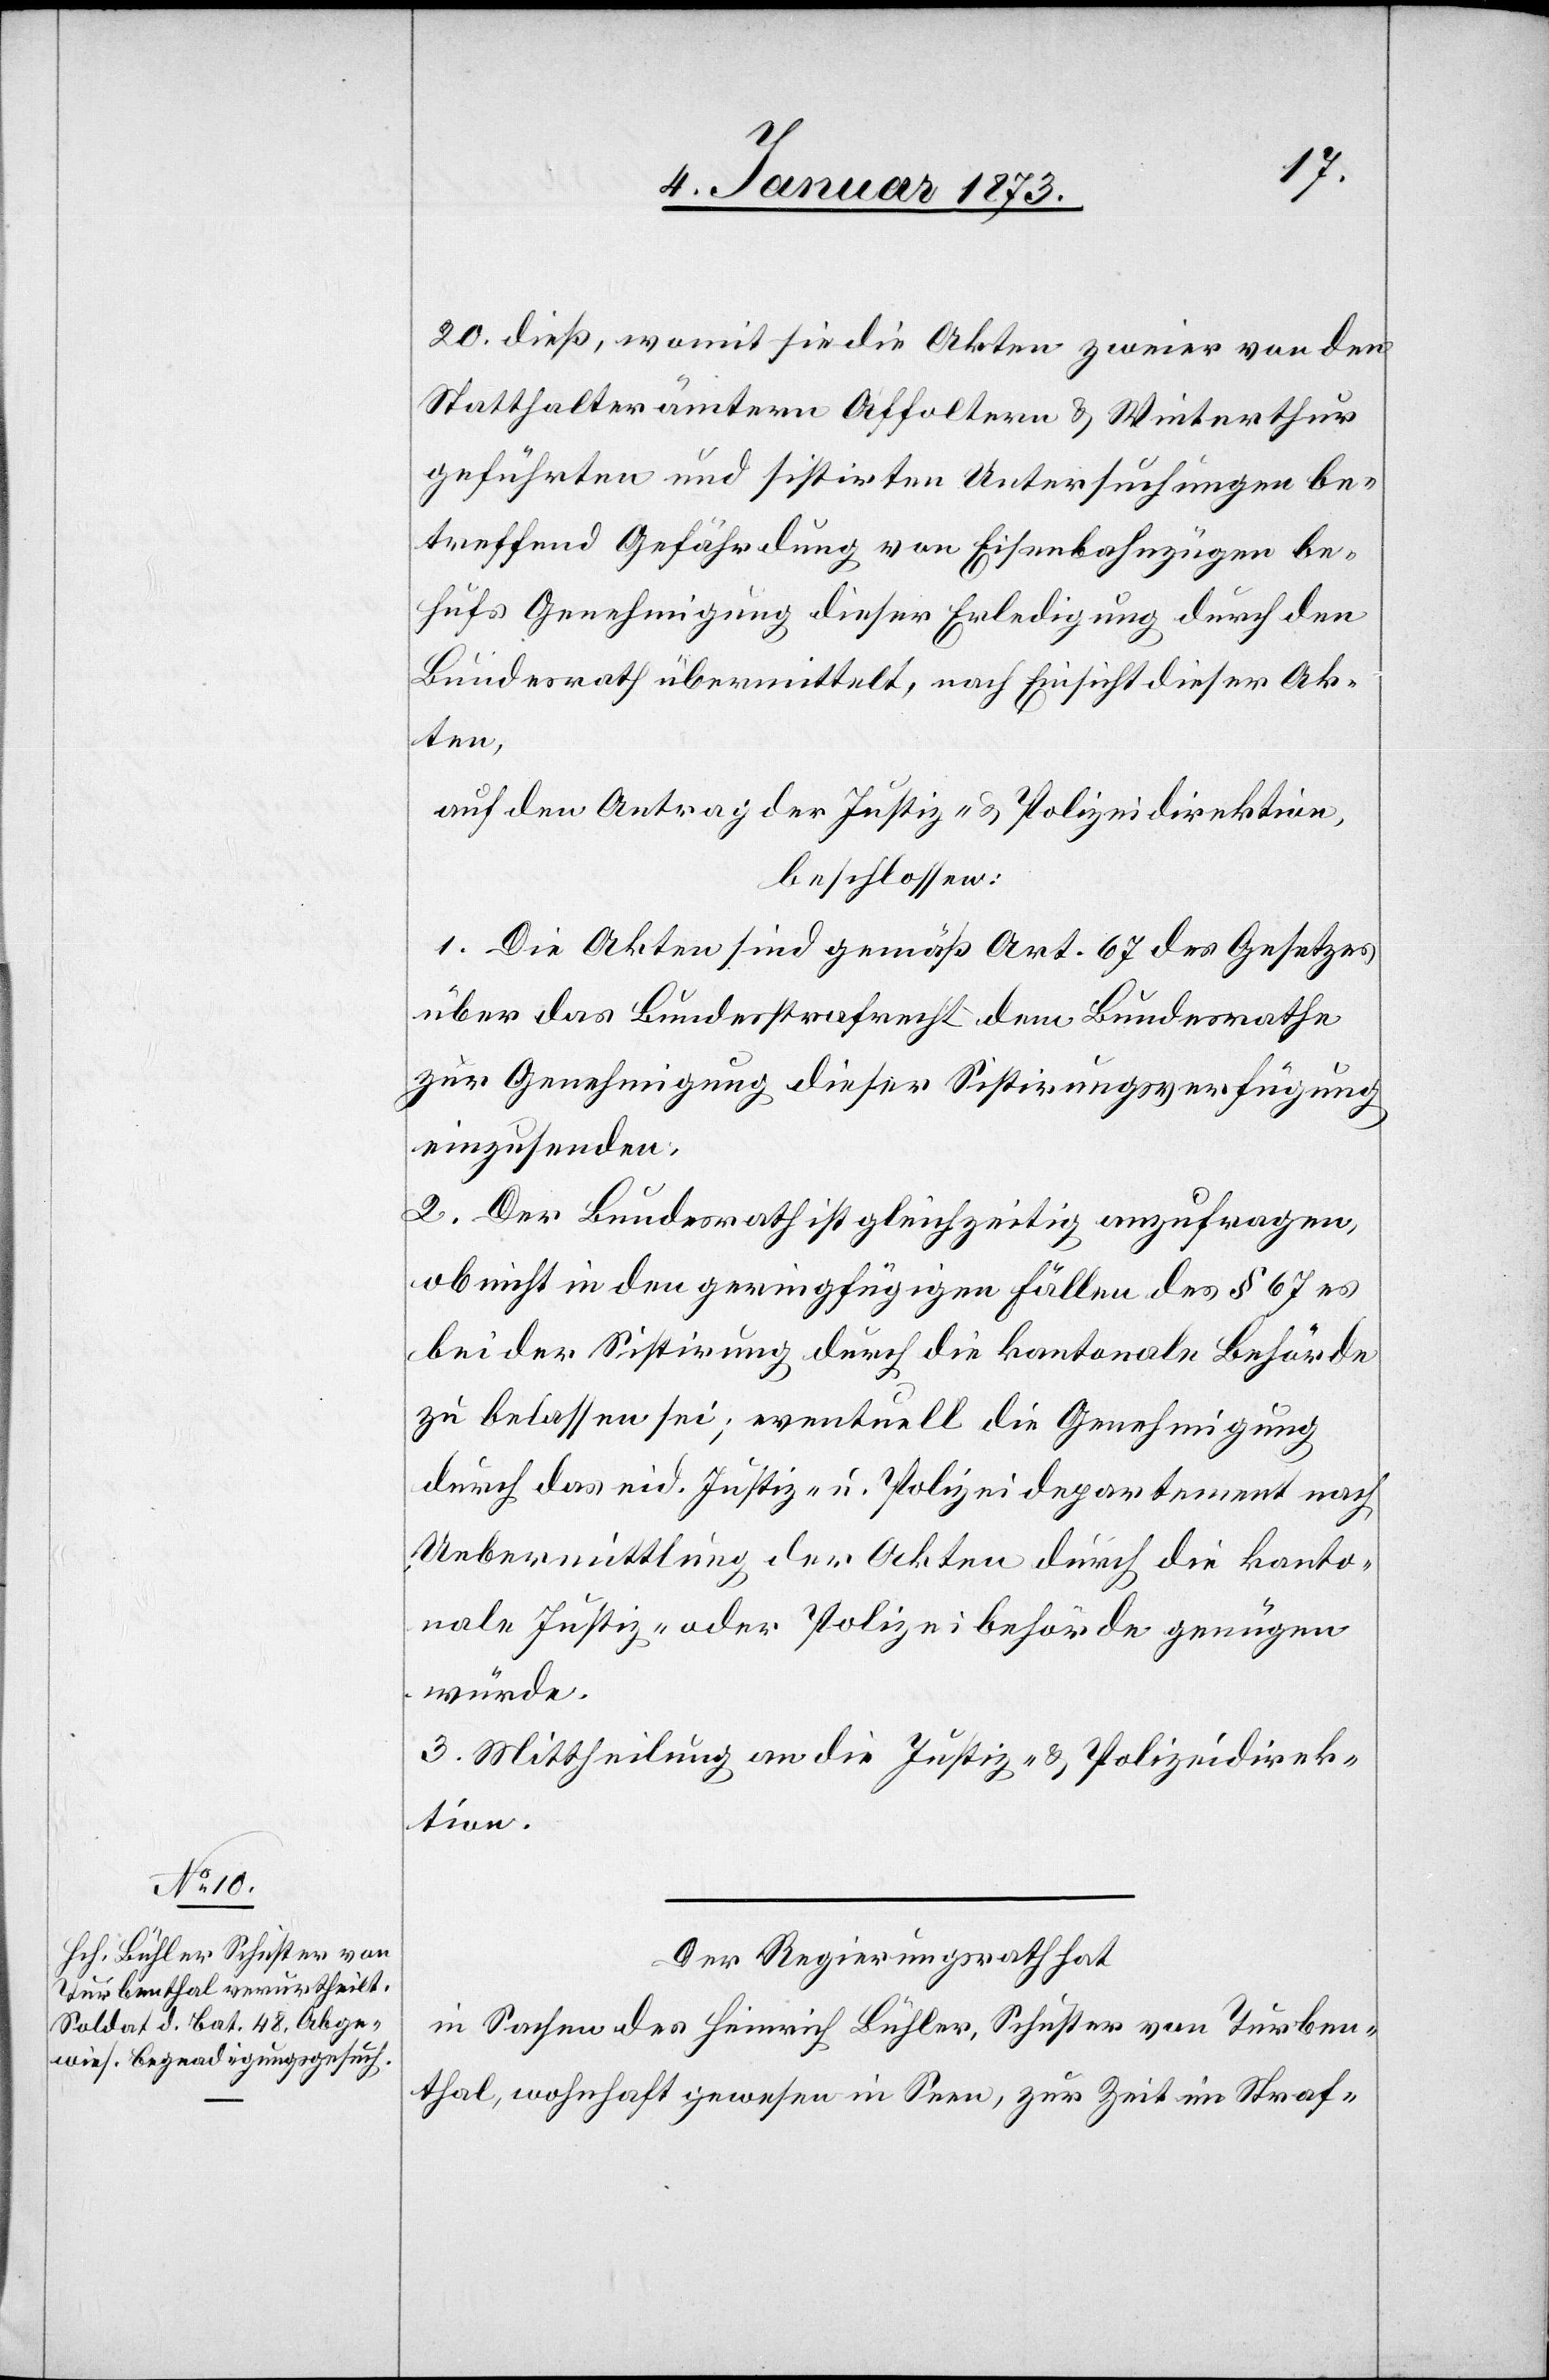
20. dieß, womit sie die Akten zweier von den
Statthalterämtern Affoltern & Winterthur
geführten und sistirten Untersuchungen be¬
treffend Gefährdung von Eisenbahnzügen be¬
hufs Genehmigung dieser Erledigung durch den
Bundesrath übermittelt, nach Einsicht dieser Ak¬
ten,
auf den Antrag der Justiz- & Polizeidirektion,
beschlossen:
1. Die Akten sind gemäß Art. 67 des Gesetzes
über das Bundesstrafrecht dem Bundesrathe
zur Genehmigung dieser Sistirungsverfügung
einzusenden;
2. Der Bundesrath ist gleichzeitig anzufragen,
ob nicht in den geringfügigen Fällen des § 67 es
bei der Sistirung durch die kantonale Behörde
zu belassen sei; eventuell die Genehmigung
durch das eid. Justiz- & Polizeidepartement nach
Uebermittlung der Akten durch die kanto¬
nale Justiz- oder Polizeibehörde genügen
würde.
3. Mittheilung an die Justiz- & Polizeidirek¬
tion.
Der Regierungsrath hat
in Sachen des Heinrich Bühler, Schuster von Turben¬
thal, wohnhaft gewesen in Seen, zur Zeit in Straf-